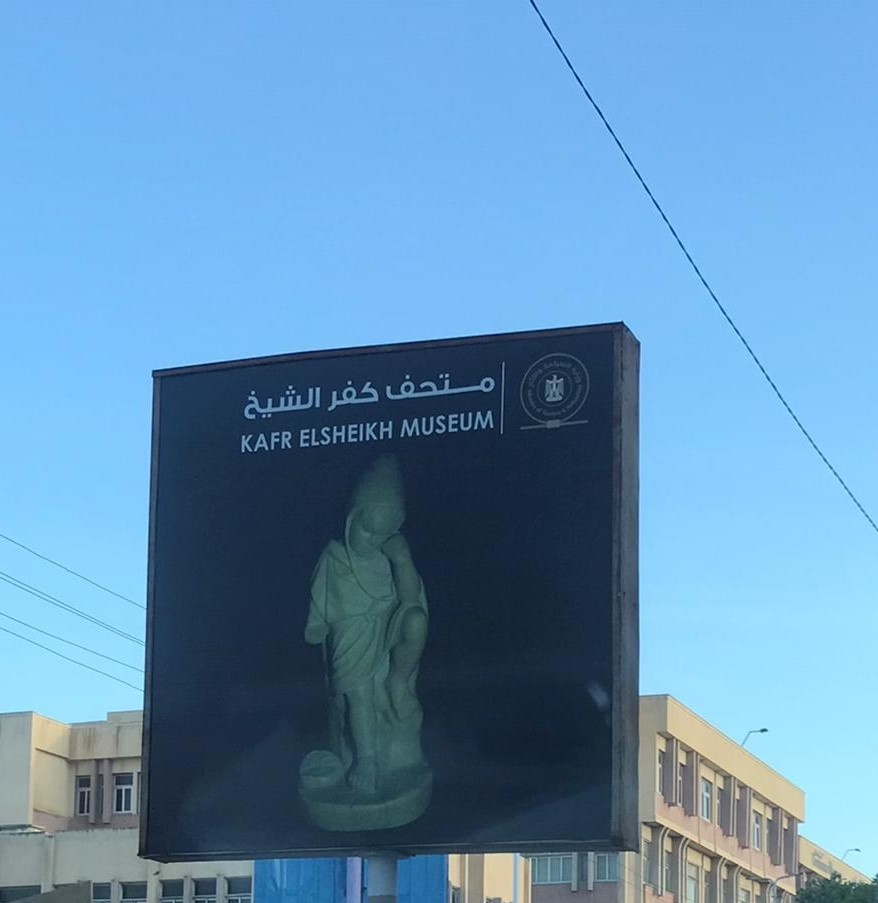
Text in image: متحف كفر MUSEUM ELSHEIKH KAFR